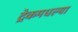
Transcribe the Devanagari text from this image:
ट्रेकमधल्या